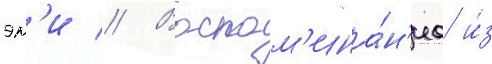
эм'и // Воспом'ина́н'иа и́з